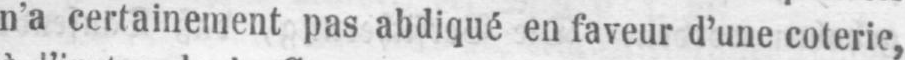
n’a certainement pas abdiqué en faveur d’une coterie,